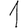
Digit: 1